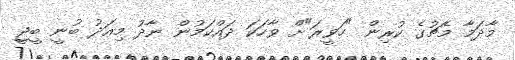
މާދަމާ މެޗުގެ ކުރިން "ހަވީރަ"ށް ވާހަކަ ދައްކަމުން ނާދު މިއަދު ބުނީ ބީޖީ